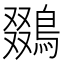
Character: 鵽